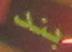
بند